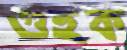
গুহক